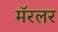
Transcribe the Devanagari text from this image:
मॅरलर